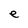
Character: e